Civil Veterinary Department. United Provinces 1912-22 - 1912-1922
Year: 1912
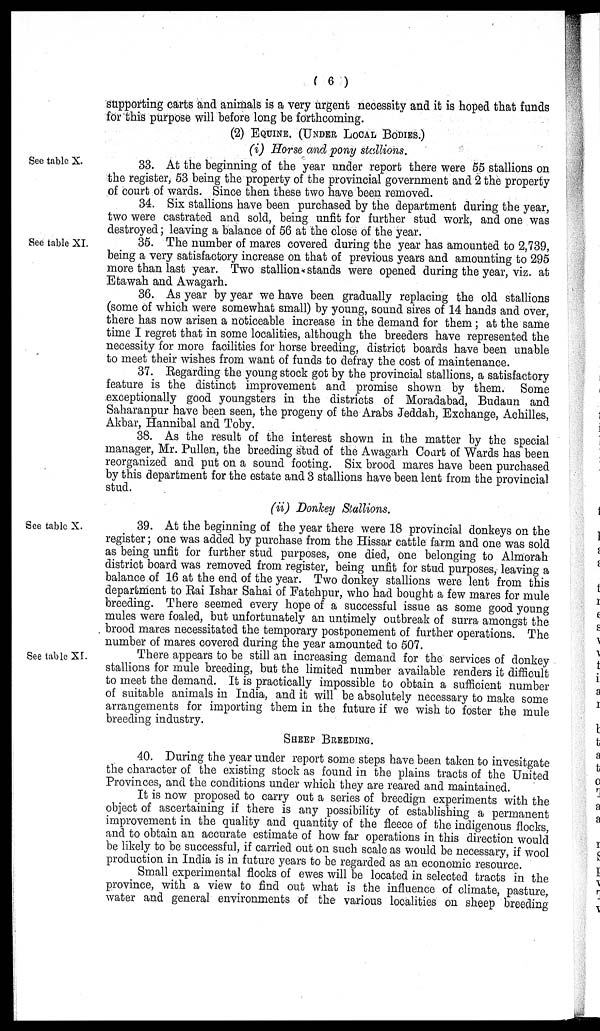
(6)
supporting carts and animals is a very urgent necessity and it is hoped that funds
for this purpose will before long be forthcoming.
(2) EQUINE. (UNDER LOCAL BODIES.)
(i) Horse and pony stallions.
See table X.
33. At the beginning of the year under report there were 55 stallions on
the register, 53 being the property of the provincial government and 2 the property
of court of wards. Since then these two have been removed.
34. Six stallions have been purchased by the department during the year,
two were castrated and sold, being unfit for further stud work, and one was
destroyed; leaving a balance of 56 at the close of the year.
See table XI.
35. The number of mares covered during the year has amounted to 2,739,
being a very satisfactory increase on that of previous years and amounting to 295
more than last year. Two stallion stands were opened during the year, viz. at
Etawah and Awagarh.
36. As year by year we have been gradually replacing the old stallions
(some of which were somewhat small) by young, sound sires of 14 hands and over,
there has now arisen a noticeable increase in the demand for them; at the same
time I regret that in some localities, although the breeders have represented the
necessity for more facilities for horse breeding, district boards have been unable
to meet their wishes from want of funds to defray the cost of maintenance.
37. Regarding the young stock got by the provincial stallions, a satisfactory
feature is the distinct improvement and promise shown by them. Some
exceptionally good youngsters in the districts of Moradabad, Budaun and
Saharanpur have been seen, the progeny of the Arabs Jeddah, Exchange, Achilles,
Akbar, Hannibal and Toby.
38. As the result of the interest shown in the matter by the special
manager, Mr. Pullen, the breeding stud of the Awagarh Court of Wards has been
reorganized and put on a sound footing. Six brood mares have been purchased
by this department for the estate and 3 stallions have been lent from the provincial
stud.
(ii) Donkey Stallions.
See table X.
39. At the beginning of the year there were 18 provincial donkeys on the
register; one was added by purchase from the Hissar cattle farm and one was sold
as being unfit for further stud purposes, one died, one belonging to Almorah
district board was removed from register, being unfit for stud purposes, leaving a
balance of 16 at the end of the year. Two donkey stallions were lent from this
department to Rai Ishar Sahai of Fatehpur, who had bought a few mares for mule
breeding. There seemed every hope of a successful issue as some good young
mules were foaled, but unfortunately an untimely outbreak of surra amongst the
brood mares necessitated the temporary postponement of further operations. The
number of mares covered during the year amounted to 507.
See table XI
There appears to be still an increasing demand for the services of donkey
stallions for mule breeding, but the limited number available renders it difficult
to meet the demand. It is practically impossible to obtain a sufficient number
of suitable animals in India, and it will be absolutely necessary to make some
arrangements for importing them in the future if we wish to foster the mule
breeding industry.
SHEEP BREEDING.
40. During the year under report some steps have been taken to invesitgate
the character of the existing stock as found in the plains tracts of the United
Provinces, and the conditions under which they are reared and maintained.
It is now proposed to carry out a series of breedign experiments with the
object of ascertaining if there is any possibility of establishing a permanent
improvement in the quality and quantity of the fleece of the indigenous flocks,
and to obtain an accurate estimate of how far operations in this direction would
be likely to be successful, if carried out on such scale as would be necessary, if wool
production in India is in future years to be regarded as an economic resource.
Small experimental flocks of ewes will be located in selected tracts in the
province, with a view to find out what is the influence of climate, pasture,
water and general environments of the various localities on sheep breeding